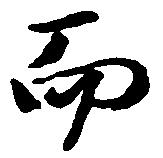
而